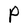
Character: P